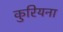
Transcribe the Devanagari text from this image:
कुरियना